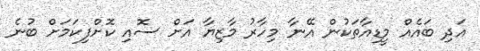
އަދި ބައެއް މީޑިއާތަކުން އޭނާ މިހާރު މާޒިޔާ އަށް ސޮއި ކޮށްފިކަމަށް ބުނެ